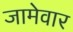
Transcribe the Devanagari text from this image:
जामेवार